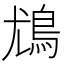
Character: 𩾵